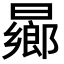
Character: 曏